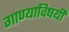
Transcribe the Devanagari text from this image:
गाण्याविषयी